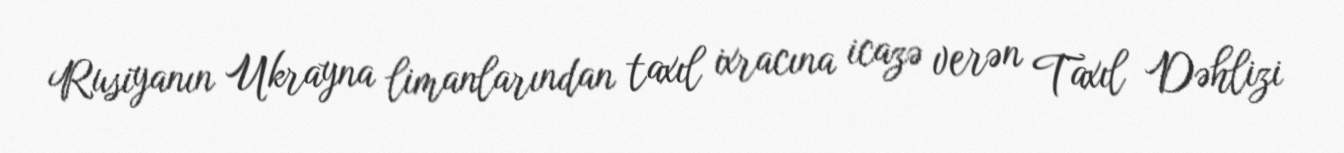
Rusiyanın Ukrayna limanlarından taxıl ixracına icazə verən Taxıl Dəhlizi